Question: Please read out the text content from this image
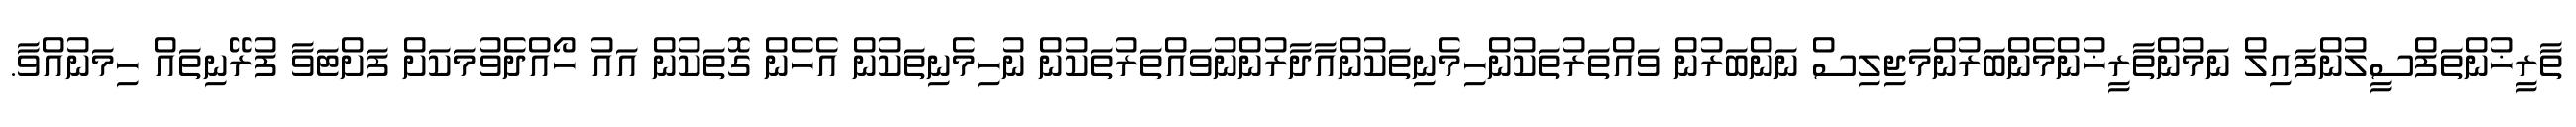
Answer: ތާރީޚުންތަފްސީލުންފައިލް ނަމުންތާރީޚުންމެންބަރުންމަޖިލިސް ނަންބަރުން ވައްތަރުތަކުންހިމެނިތަކުންއާދާރުންނުވައްތަރުތަކުން ނުހިމެނިތަކުން އެހެން ގޮތަކުން އައު ހޯއްދެވުމަކަށް ފަށްޓަވާ ފުރޭނިތައް ހިމަނުއްވާ.